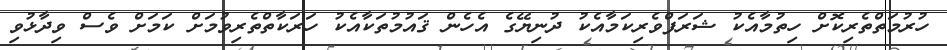
ހުރުމަތްތެރިކޮށް ހިތުމާއެކު ޝަރަފްވެރިކަމާއެކު ދުނިޔޭގެ އެހެން ޤައުމުތަކާއެކު ހަރަކާތްތެރިވުމަށް ކަމަށް ވެސް ވިދާޅުވި